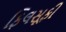
ફિલસૂફી